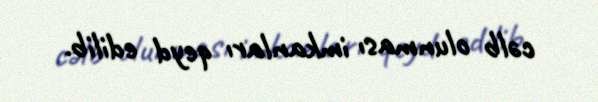
cəlb olunması imkanları qeyd edilib.